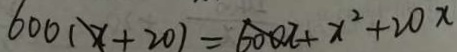
6 0 0 ( x + 2 0 ) = 6 0 0 x + x ^ { 2 } + 2 0 x